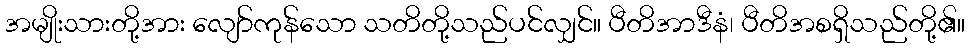
အမျိုးသားတို့အား လျော်ကုန်သော သတိတို့သည်ပင်လျှင်။ ပီတိအာဒီနံ၊ ပီတိအစရှိသည်တို့၏။